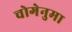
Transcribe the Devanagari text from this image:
चोगेनुमा